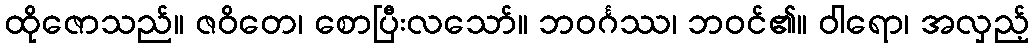
ထိုဇောသည်။ ဇဝိတေ၊ စောပြီးလသော်။ ဘဝင်္ဂဿ၊ ဘဝင်၏။ ဝါရော၊ အလှည့်